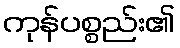
ကုန်ပစ္စည်း၏